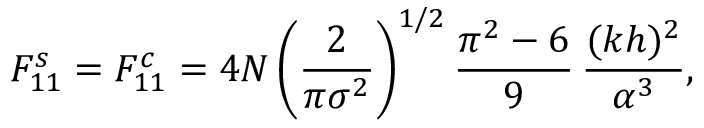
F _ { 1 1 } ^ { s } = F _ { 1 1 } ^ { c } = 4 N \left( \frac { 2 } { \pi \sigma ^ { 2 } } \right) ^ { 1 / 2 } \frac { \pi ^ { 2 } - 6 } { 9 } \, \frac { ( k h ) ^ { 2 } } { \alpha ^ { 3 } } ,